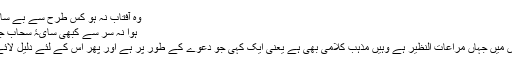
وہ آفتاب نہ ہو کس طرح سے بے سایہ
ہوا نہ سر سے کبھی سایۂ سحاب جدا
اس میں جہاں مراعات النظیر ہے وہیں مذہب کلامی بھی ہے یعنی ایک کہی جو دعوے کے طور پر ہے اور پھر اس کے لئے دلیل لائے۔